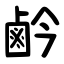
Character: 鹶